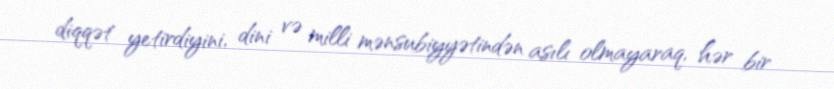
diqqət yetirdiyini, dini və milli mənsubiyyətindən asılı olmayaraq, hər bir